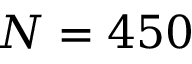
N = 4 5 0